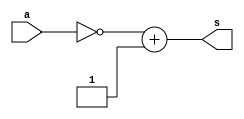
// ------------------------- 
// Exemplo0019 - BASE 
// Nome: Oswaldo Oliveira Paulino
// ------------------------- 
// ------------------------- 
// test number system 
// ------------------------- 

module Q04a (output [7:0]s, input [7:0]a);
	assign s = ~a + 1;
endmodule

module Q04b (output [6:0]s, input [6:0]a);
	assign s = ~a + 1;
endmodule

module Q04c (output [5:0]s, input [5:0]a);
	assign s = ~a + 1;
endmodule

module Q04d (output [4:0]s, input [4:0]a);
	assign s = ~a + 1;
endmodule
	
module Q04e (output [7:0]s, input [7:0]a);
	assign s = ~a + 1;
endmodule

module test_base_01; 
// ------------------------- definir dados 
	reg [7:0] a;
	reg [6:0] b;
	reg [5:0] c;
	reg [4:0] d;
	reg [7:0] e;    
		
	wire [7:0] sA;
	wire [6:0] sB;
	wire [5:0] sC;
	wire [4:0] sD;
	wire [7:0] sE;  
	
	Q04a letraA(sA, a); 
	Q04b letraB(sB, b);
	Q04c letraC(sC, c);
	Q04d letraD(sD, d);
	Q04e letraE(sE, e);
	
initial begin: start
	a = 6'b101010; 
	b = 27;
	c = 6'd23;
	d = 4'hE;
	e = 6'o26;
end
	
// ------------------------- parte principal 
initial begin
	$display("Exemplo0019 - Oswaldo Oliveira Paulino - 382175"); 
	$display("Test number system"); 
	 
	#1 
	$display("\nLetra A)");
	$display("%b = %b", a, sA);
	
	#1
	$display("\nLetra B)");
	$display("%8d = %b", b, sB);
			
	#1				
	$display("\nLetra C)");
	$display("%8d = %b", c, sC);
	
	#1
	$display("\nLetra D)");
	$display("%8h = %b", d, sD);
	
	#1				
	$display("\nLetra E)");
	$display("%8b = %b", e, sE);	

end 
endmodule // test_base 

// ------------------------ documentacao complementar
/*
    Exemplo0019 - Oswaldo Oliveira Paulino - 382175
    Test number system
    
    Letra A)
    00101010 = 11010110
    
    Letra B)
          27 = 1100101
    
    Letra C)
          23 = 101001
    
    Letra D)
          0e = 10010
    
    Letra E)
    00010110 = 11101010
*/